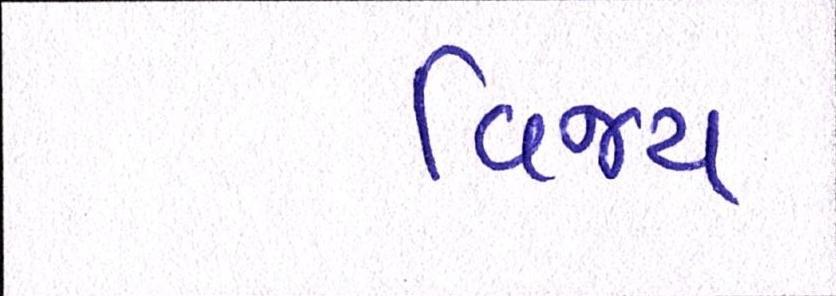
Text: વિજય